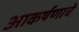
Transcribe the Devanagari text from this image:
आकर्षणाचे